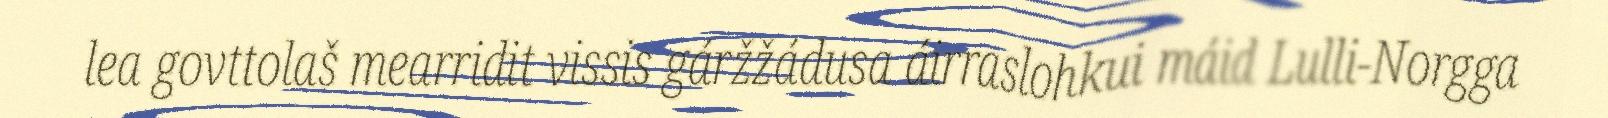
lea govttolaš mearridit vissis gáržžádusa áirraslohkui máid Lulli-Norgga